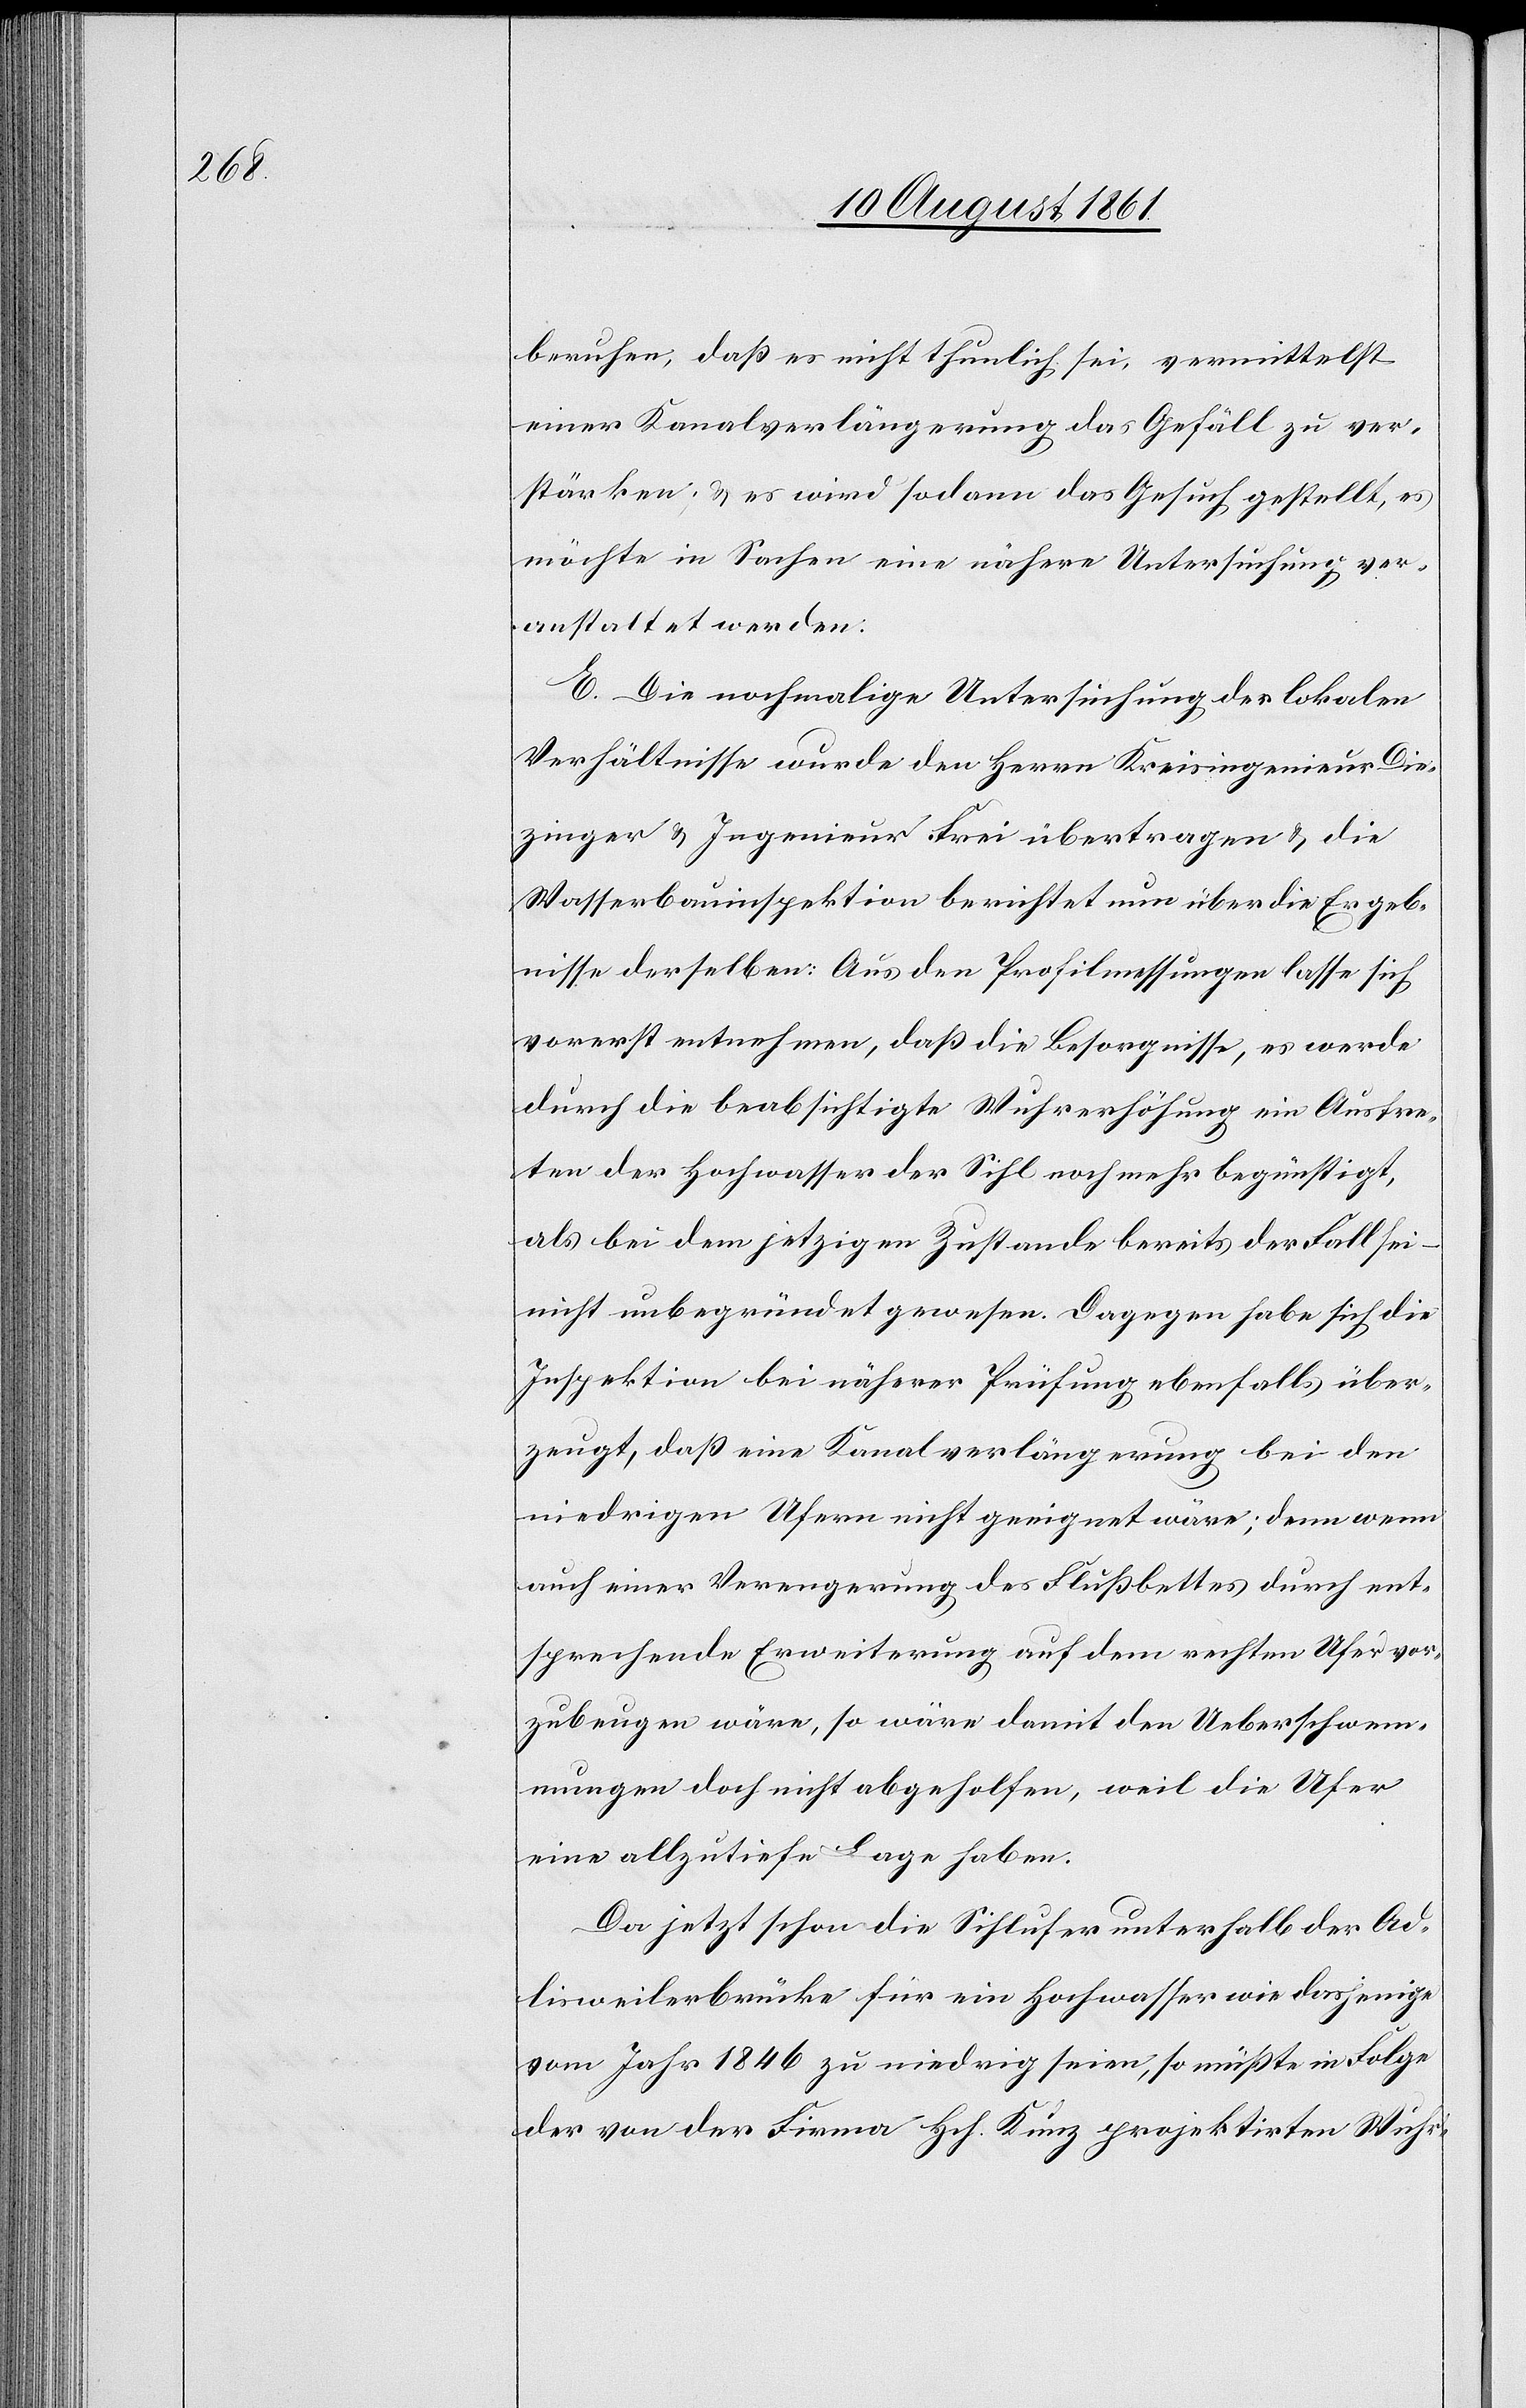
beruhen, daß es nicht thunlich sei, vermittelst
einer Kanalverlängerung das Gefäll zu ver¬
stärken; u. es wird sodann das Gesuch gestellt, es
möchte in Sachen eine nähere Untersuchung ver¬
anstaltet werden:
E. Die nochmalige Untersuchung der lokalen
Verhältnisse wurde den Herrn Kreisingenieur Die¬
zinger u. Ingenieur Frei übertragen u. die
Wasserbauinspektion berichtet nun über die Ergeb¬
nisse derselben: Aus den Profilmessungen lasse sich
vorerst entnehmen, daß die Besorgnisse, es werde
durch die beabsichtigte Wuhrerhöhung ein Austre¬
ten des Hochwasser der Sihl nach mehr begünstigt,
als bei dem jetzigen Zustande bereits der Fall sei –
nicht unbegründet gewesen. Dagegen habe sich die
Inspektion bei näherer Prüfung ebenfalls über¬
zeugt, daß eine Kanalverlängerung bei den
niedrigen Ufern nicht geeignet wäre; denn wenn
auch einer Verengung des Flußbettes durch ent¬
sprechende Erweiterung auf dem rechten Ufer vor¬
zubeugen wäre, so wäre damit den Ueberschwe¬
mmungen doch nicht abgeholfen, weil die Ufer
eine allzutiefe Lage haben.
Da jetzt schon die Sihlufer unterhalb der Ad¬
lisweilerbrücke für ein Hochwasser wie dasjenige
vom Jahr 1846 zu niedrig seien, so müßte in Folge
der von der Firma Hch. Kunz projektirten Wuhr-